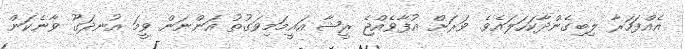
އެއްފަހަރާ ލިބިގެންދާާކަހަލައެވެ. ވަރަށް އުފާވެއްޖެ ރީޝާ އައީމަމިވަގުތު އަންނަން ވީމަ އުނދަގޫ ވާނެކަން